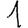
Digit: 1